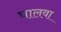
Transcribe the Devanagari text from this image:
घालवा